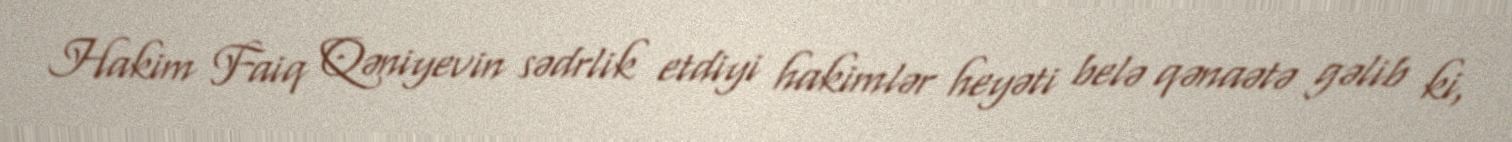
Hakim Faiq Qəniyevin sədrlik etdiyi hakimlər heyəti belə qənaətə gəlib ki,